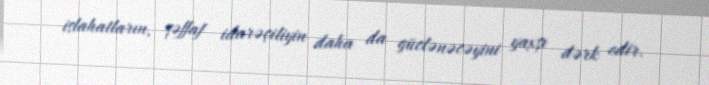
islahatların, şəffaf idarəçiliyin daha da güclənəcəyini yaxşı dərk edir.